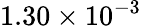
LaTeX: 1.30\times 10^{-3}